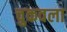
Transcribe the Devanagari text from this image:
चुकवला